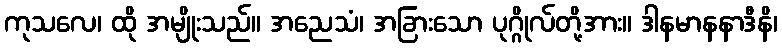
ကုသလေ၊ ထို အမျိုးသည်။ အညေသံ၊ အခြားသော ပုဂ္ဂိုလ်တို့အား။ ဒါနမာနနာဒီနိ၊